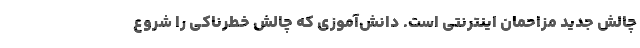
چالش جدید مزاحمان اینترنتی است. دانش‌آموزی که چالش خطرناکی را شروع